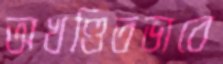
অখণ্ডিতভাবে